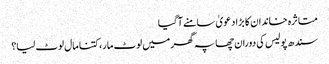
متاثرہ خاندان کا بڑا دعویٰ سامنے آگیا
سندھ پولیس کی دوران چھاپہ گھر میں لوٹ مار، کتنا مال لوٹ لیا؟